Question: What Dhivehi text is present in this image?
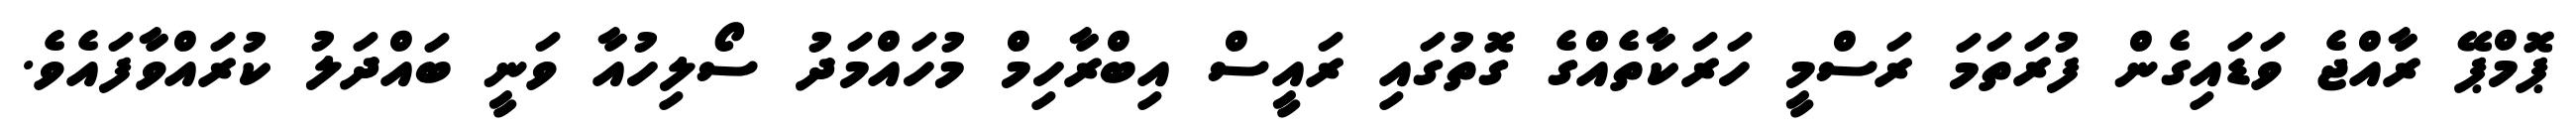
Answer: ޕޮމްޕޭ ރާއްޖެ ވަޑައިގެން ފުރަތަމަ ރަސްމީ ހަރަކާތެއްގެ ގޮތުގައި ރައީސް އިބްރާހިމް މުހައްމަދު ސޯލިހުއާ ވަނީ ބައްދަލު ކުރައްވާފައެވެ.